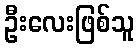
ဦးလေးဖြစ်သူ